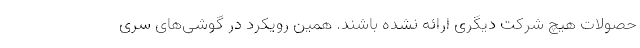
حصولات هیچ شرکت دیگری ارائه نشده باشند. همین رویکرد در گوشی‌های سری